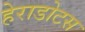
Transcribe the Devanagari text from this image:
हेराडोटस